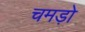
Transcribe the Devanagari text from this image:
चमड़ो